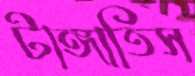
টাঙ্গাতিস